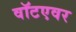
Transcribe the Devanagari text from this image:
वॉटएवर